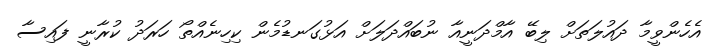
އެހެންވީމާ ދައުލަތަށް ލިބޭ އާމްދަނީއާ ނުބައްދަލަށް އަޅުގަނޑުމެން ކިހިނެއްތޯ ހަރަދު ކުރާނީ ފައިސާ